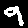
Digit: 9